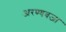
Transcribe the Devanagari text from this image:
अरण्यवजा